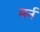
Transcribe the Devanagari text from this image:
मर्न